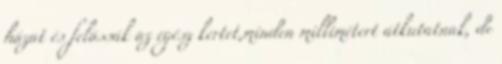
házat és felássák az egész kertet,minden millimétert átkutatnak, de